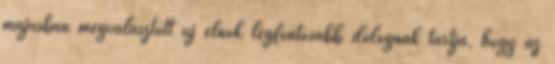
májusban megválasztott új elnök legfontosabb dolognak tartja, hogy az